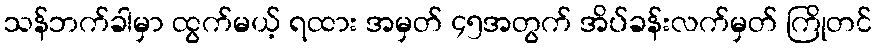
သန်ဘက်ခါမှာ ထွက်မယ့် ရထား အမှတ် ၄၅အတွက် အိပ်ခန်းလက်မှတ် ကြိုတင်